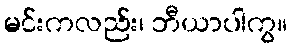
မင်းကလည်း၊ ဘီယာပါကွ။